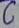
Text: C